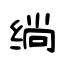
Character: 绱